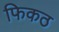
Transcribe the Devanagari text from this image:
फिकठ